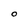
Character: O